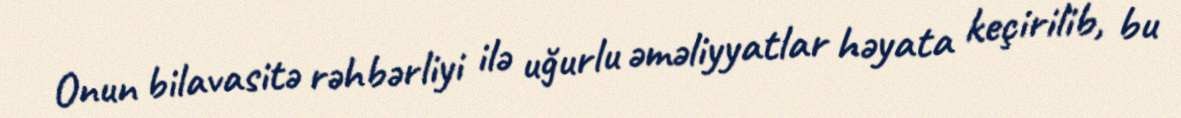
Onun bilavasitə rəhbərliyi ilə uğurlu əməliyyatlar həyata keçirilib, bu